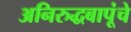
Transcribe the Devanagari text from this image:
अनिरुद्धबापूंचे